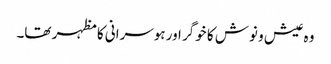
وہ عیش و نوش کا خوگر اور ہوسرانی کا مظہر تھا۔